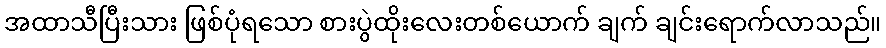
အထာသီပြီးသား ဖြစ်ပုံရသော စားပွဲထိုးလေးတစ်ယောက် ချက် ချင်းရောက်လာသည်။